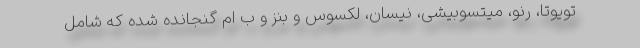
تویوتا، رنو، میتسوبیشی، نیسان، لکسوس و بنز و ب ام گنجانده شده که شامل